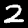
Label: 2